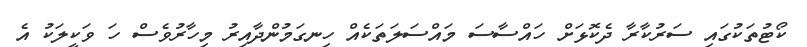
ކޯޓުތަކުގައި ސަރުކާރާ ދެކޮޅަށް ހައްސާސަ މައްސަލަތަކެއް ހިނގަމުންދާއިރު މިހާރުވެސް ހަ ވަކީލަކު އެ